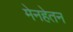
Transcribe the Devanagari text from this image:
मेनहेतन